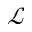
\mathcal L